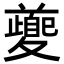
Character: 𭐱